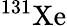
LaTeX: ^{131}\mathrm{Xe}